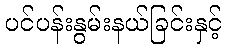
ပင်ပန်းနွမ်းနယ်ခြင်းနှင့်